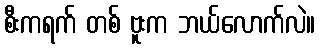
စီးကရက် တစ် ဗူးက ဘယ်လောက်လဲ။